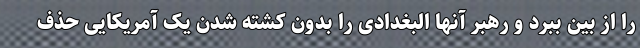
را از بین ببرد و رهبر آنها البغدادی را بدون کشته شدن یک آمریکایی حذف